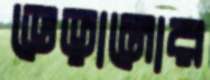
ভেড়ানোর